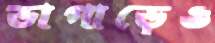
ভাগাড়েও